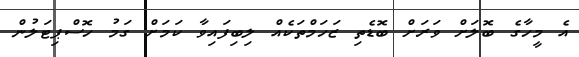
އެ މީހާގެ ބޮލަށް ވަރަށް ބޮޑެތި ޒަހަމްތަކެއް ލިބިފައިވާ ކަމަށް ގަމު ހޮސްޕިޓަލުން